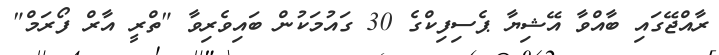
ރާއްޖޭގައި ބާއްވާ އޭޝިޔާ ޕެސިފިކްގެ 30 ގައުމަކުން ބައިވެރިވާ "ތްރީ އާރް ފޯރަމް"